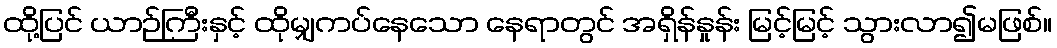
ထို့ပြင် ယာဉ်ကြီးနှင့် ထိုမျှကပ်နေသော နေရာတွင် အရှိန်နှုန်း မြင့်မြင့် သွားလာ၍မဖြစ်။